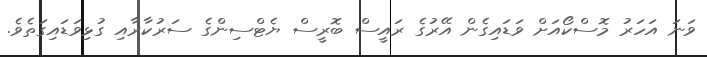
ވަނަ އަހަރު މޮސްކޯއަށް ވަޑައިގެން އޭރުގެ ރައީސް ބޮރީސް ޔެޓްސިންގެ ސަރުކާރާއި ގުޅިވަޑައިގަތެވެ.